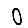
Digit: 0